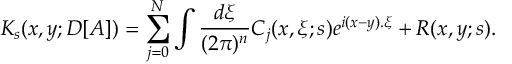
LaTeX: K _ { s } ( x , y ; D [ A ] ) = \sum _ { j = 0 } ^ { N } \int \frac { d \xi } { ( 2 \pi ) ^ { n } } C _ { j } ( x , \xi ; s ) e ^ { i ( x - y ) . \xi } + R ( x , y ; s ) .